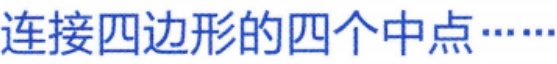
连接四边形的四个中点……